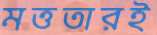
মত্ততারই